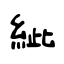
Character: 紪